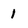
Character: 1